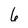
Character: 6